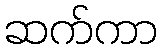
ဆက်ကာ